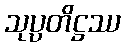
သုပ္ပတိဋ္ဌဿ